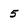
Character: 5